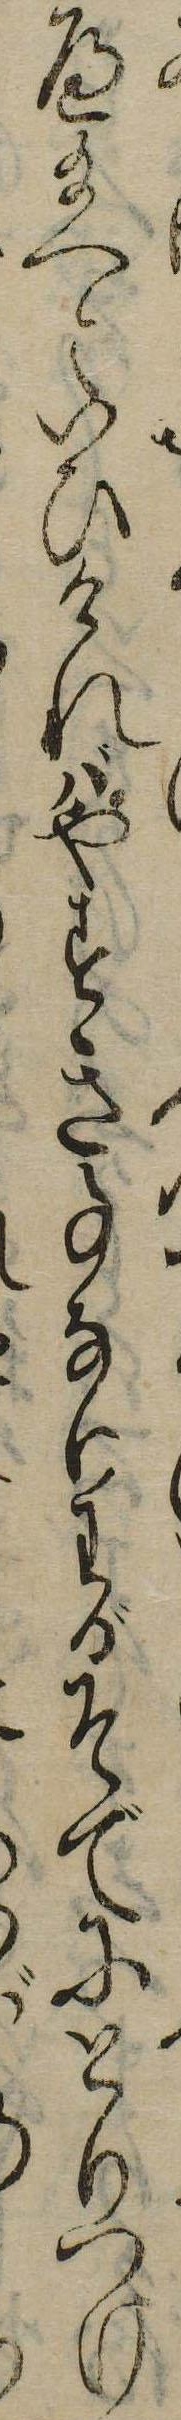
へ給へといひければやすき事なりわがそでにとりつけ